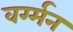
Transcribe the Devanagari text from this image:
वर्ग्मन